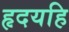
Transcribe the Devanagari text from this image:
हृदयहि